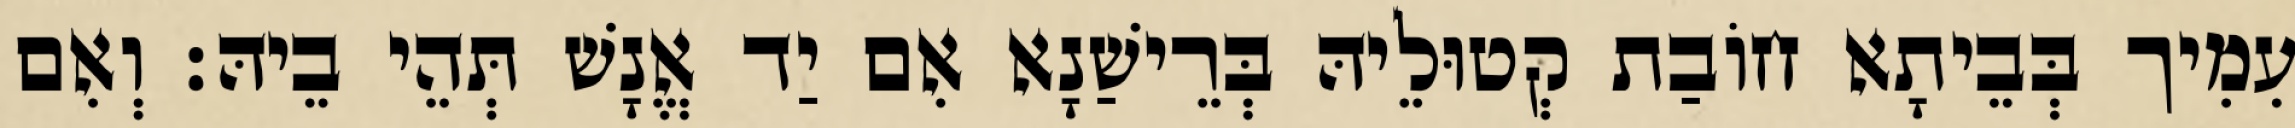
עִמִיך בְּבֵיתָא חוֹבַת קְטוּלֵיהּ בְּרֵישַׁנָא אִם יַד אֱנָשׁ תְּהֵי בֵיהּ׃ וְאִם